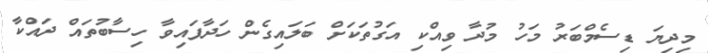
މިދިޔަ ޑިސެމްބަރު މަހު މުދާ ވިއްކި އަގުތަކަށް ބަލައިގެން ހަދާފައިވާ ހިސާބުތައް ދައްކާ